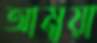
আমুয়া